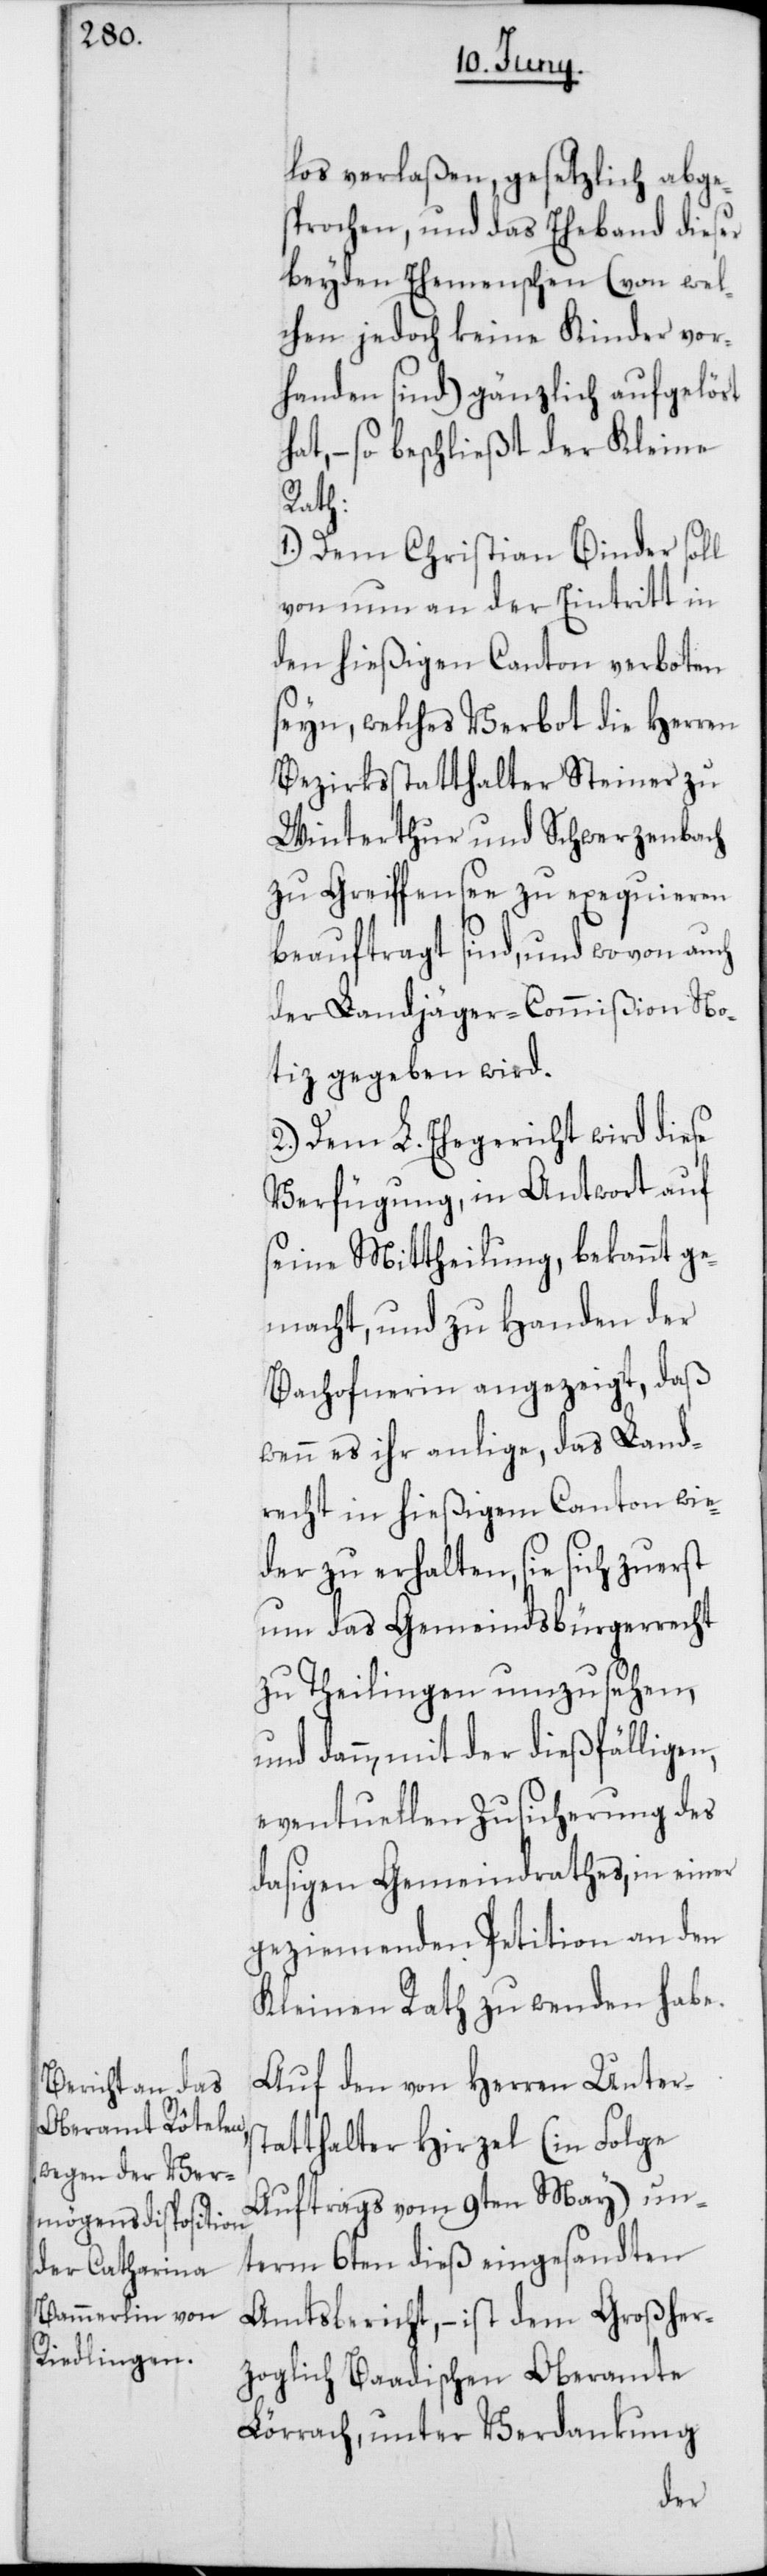
los verlaßen, gesetzlich abge¬
sprochen, und das Eheband dieser
beyden Ehemenschen (von wel¬
chen jedoch keine Kinder vor¬
handen sind) gänzlich aufgelöst
hat, – so beschließt der Kleine
Rath:
1.) Dem Christian Binder soll
von nun an der Eintritt in
den hießigen Canton verboten
seyn, welches Verbot die Herren
Bezirksstatthalter Steiner zu
Winterthur und Schwerzenbach
zu Greiffensee zu exequieren
beauftragt sind, und wovon auch
der Landjäger-Commißion No¬
tiz gegeben wird.
2.) Dem L. Ehegericht wird diese
Verfügung, in Antwort auf
seine Mittheilung, bekannt ge¬
macht, und zu Handen der
Bachofnerin angezeigt, daß
wenn es ihr anlige, das Land¬
recht in hießigem Canton wie¬
der zu erhalten, sie sich zuerst
um das Gemeindsbürgerrecht
zu Theilingen umzusehen,
und dann, mit der dießfälligen,
eventuellen Zusicherung des
dasigen Gemeindrathes, in einer
geziemenden Petition an den
Kleinen Rath zu wenden habe.
Auf den von Herren Unters¬
tatthalter Hirzel (in Folge
Auftrags vom 9ten May) un¬
term 6ten dieß eingesandten
Amtsbericht, – ist dem Großher¬
zoglich Baadischen Oberamte
Lörrach, unter Verdankung